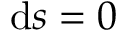
\mathrm { d } s = 0